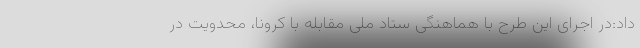
داد:در اجرای این طرح با هماهنگی ستاد ملی مقابله با کرونا، محدویت در